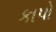
કાપો